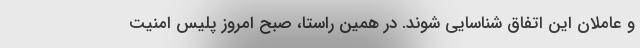
و عاملان این اتفاق شناسایی شوند. در همین راستا، صبح امروز پلیس امنیت